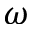
\omega